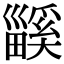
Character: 𤳤